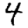
Digit: 4